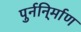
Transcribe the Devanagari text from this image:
पुर्ननि्र्माण